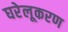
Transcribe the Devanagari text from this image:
घरेलूकरण